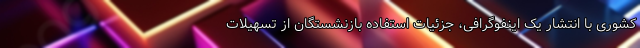
کشوری با انتشار یک اینفوگرافی، جزئیات استفاده بازنشستگان از تسهیلات